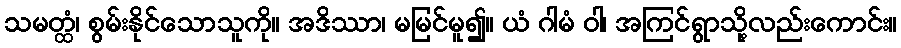
သမတ္ထံ၊ စွမ်းနိုင်သောသူကို။ အဒိဿာ၊ မမြင်မူ၍။ ယံ ဂါမံ ဝါ၊ အကြင်ရွာသို့လည်းကောင်း။